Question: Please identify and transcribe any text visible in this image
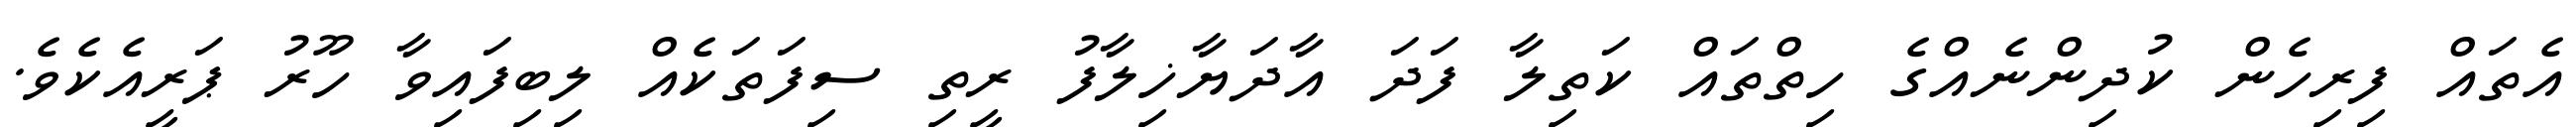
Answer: އެތައް ފިރިހެން ކުދިންނެއްގެ ހިތްތައް ކަތިލާ ފަދަ އާދަޔާޚިލާފު ރީތި ސިފަތަކެއް ލިބިފައިވާ ހޫރު ޕަރީއެކެވެ.